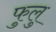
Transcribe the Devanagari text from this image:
फुलु